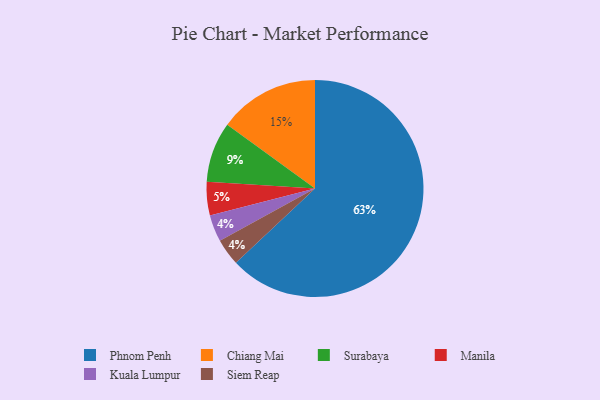
{"axis": {"x": "Category", "y": "Percentage"}, "legend": ["Chiang Mai", "Kuala Lumpur", "Manila", "Phnom Penh", "Siem Reap", "Surabaya"], "data": [{"x": "Surabaya", "y": 9, "type": "Surabaya"}, {"x": "Phnom Penh", "y": 63, "type": "Phnom Penh"}, {"x": "Chiang Mai", "y": 15, "type": "Chiang Mai"}, {"x": "Manila", "y": 5, "type": "Manila"}, {"x": "Kuala Lumpur", "y": 4, "type": "Kuala Lumpur"}, {"x": "Siem Reap", "y": 4, "type": "Siem Reap"}]}